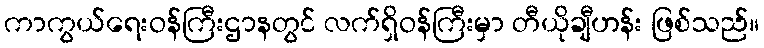
ကာကွယ်ရေးဝန်ကြီးဌာနတွင် လက်ရှိဝန်ကြီးမှာ တီယိုချီဟန်း ဖြစ်သည်။